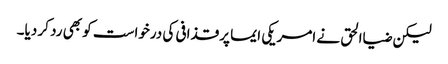
لیکن ضیاالحق نے امریکی ایما پر قذافی کی درخواست کو بھی رد کر دیا۔